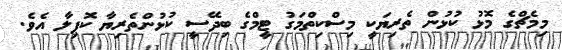
މިމެޗްގެ މޮޅު ކުޅުން ތެރިޔަކީ މިސްކިތްމަގު ޓީމްގެ ބިދޭސީ ކުޅުންތެރިޔާ ކޮޕިލާ އެވެ.